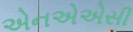
એનએએસી